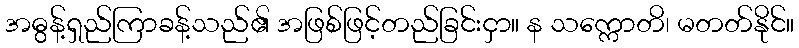
အဓွန့်ရှည်ကြာခန့်သည်၏ အဖြစ်ဖြင့်တည်ခြင်းငှာ။ န သက္ကောတိ၊ မတတ်နိုင်။